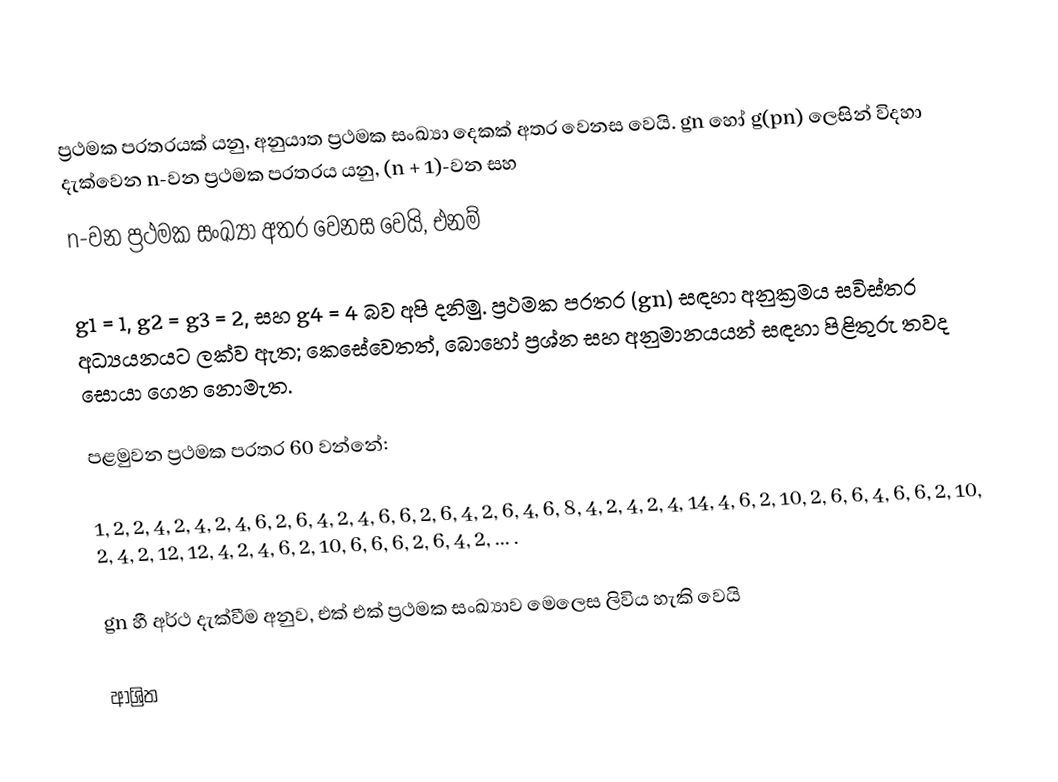
ප්‍රථමක පරතරයක් යනු, අනුයාත  ප්‍රථමක සංඛ්‍යා දෙකක් අතර වෙනස වෙයි. gn හෝ  g(pn) ලෙසින් විදහා දැක්වෙන n-වන ප්‍රථමක පරතරය යනු,  (n + 1)-වන සහ
n-වන ප්‍රථමක සංඛ්‍යා අතර වෙනස වෙයි, එනම්

g1 = 1, g2 = g3 = 2, සහ g4 = 4 බව අපි දනිමු. ප්‍රථමක පරතර (gn) සඳහා  අනුක්‍රමය සවිස්තර අධ්‍යයනයට ලක්ව ඇත; කෙසේවෙතත්, බොහෝ ප්‍රශ්න සහ  අනුමානයයන් සඳහා පිළිතුරු තවද සොයා ගෙන නොමැත.

පළමුවන ප්‍රථමක පරතර 60 වන්නේ:

1, 2, 2, 4, 2, 4, 2, 4, 6, 2, 6, 4, 2, 4, 6, 6, 2, 6, 4, 2, 6, 4, 6, 8, 4, 2, 4, 2, 4, 14, 4, 6, 2, 10, 2, 6, 6, 4, 6, 6, 2, 10, 2, 4, 2, 12, 12, 4, 2, 4, 6, 2, 10, 6, 6, 6, 2, 6, 4, 2, ... .

gn හී අර්ථ දැක්වීම අනුව, එක් එක් ප්‍රථමක සංඛ්‍යාව මෙලෙස ලිවිය හැකි වෙයි

ආශ්‍රිත